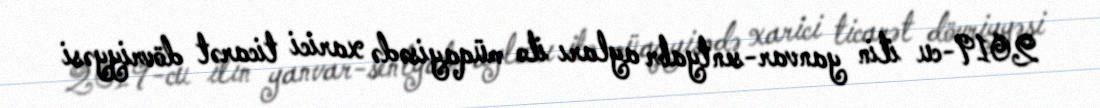
2019-cu ilin yanvar-sentyabr ayları ilə müqayisədə xarici ticarət dövriyyəsi